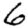
Digit: 6